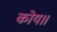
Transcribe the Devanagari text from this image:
कोय॥